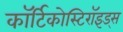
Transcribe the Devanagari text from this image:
कॉर्टिकोस्टिरॉइड्स